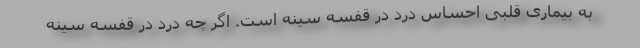
به بیماری‌ قلبی احساس درد در قفسه سینه است. اگر چه درد در قفسه سینه